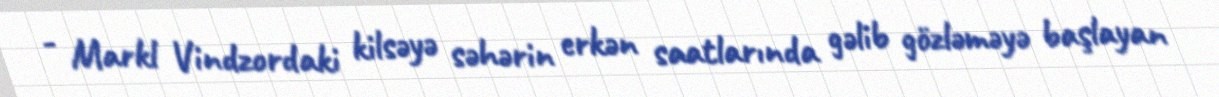
- Markl Vindzordaki kilsəyə səhərin erkən saatlarında gəlib gözləməyə başlayan